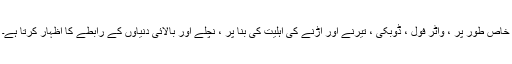
خاص طور پر ، واٹر فول ، ڈوبکی ، تیرنے اور اڑنے کی اہلیت کی بنا پر ، نچلے اور بالائی دنیاوں کے رابطے کا اظہار کرتا ہے۔